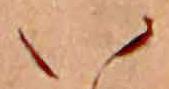
い